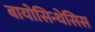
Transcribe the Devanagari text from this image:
बायोसिन्थेसिस